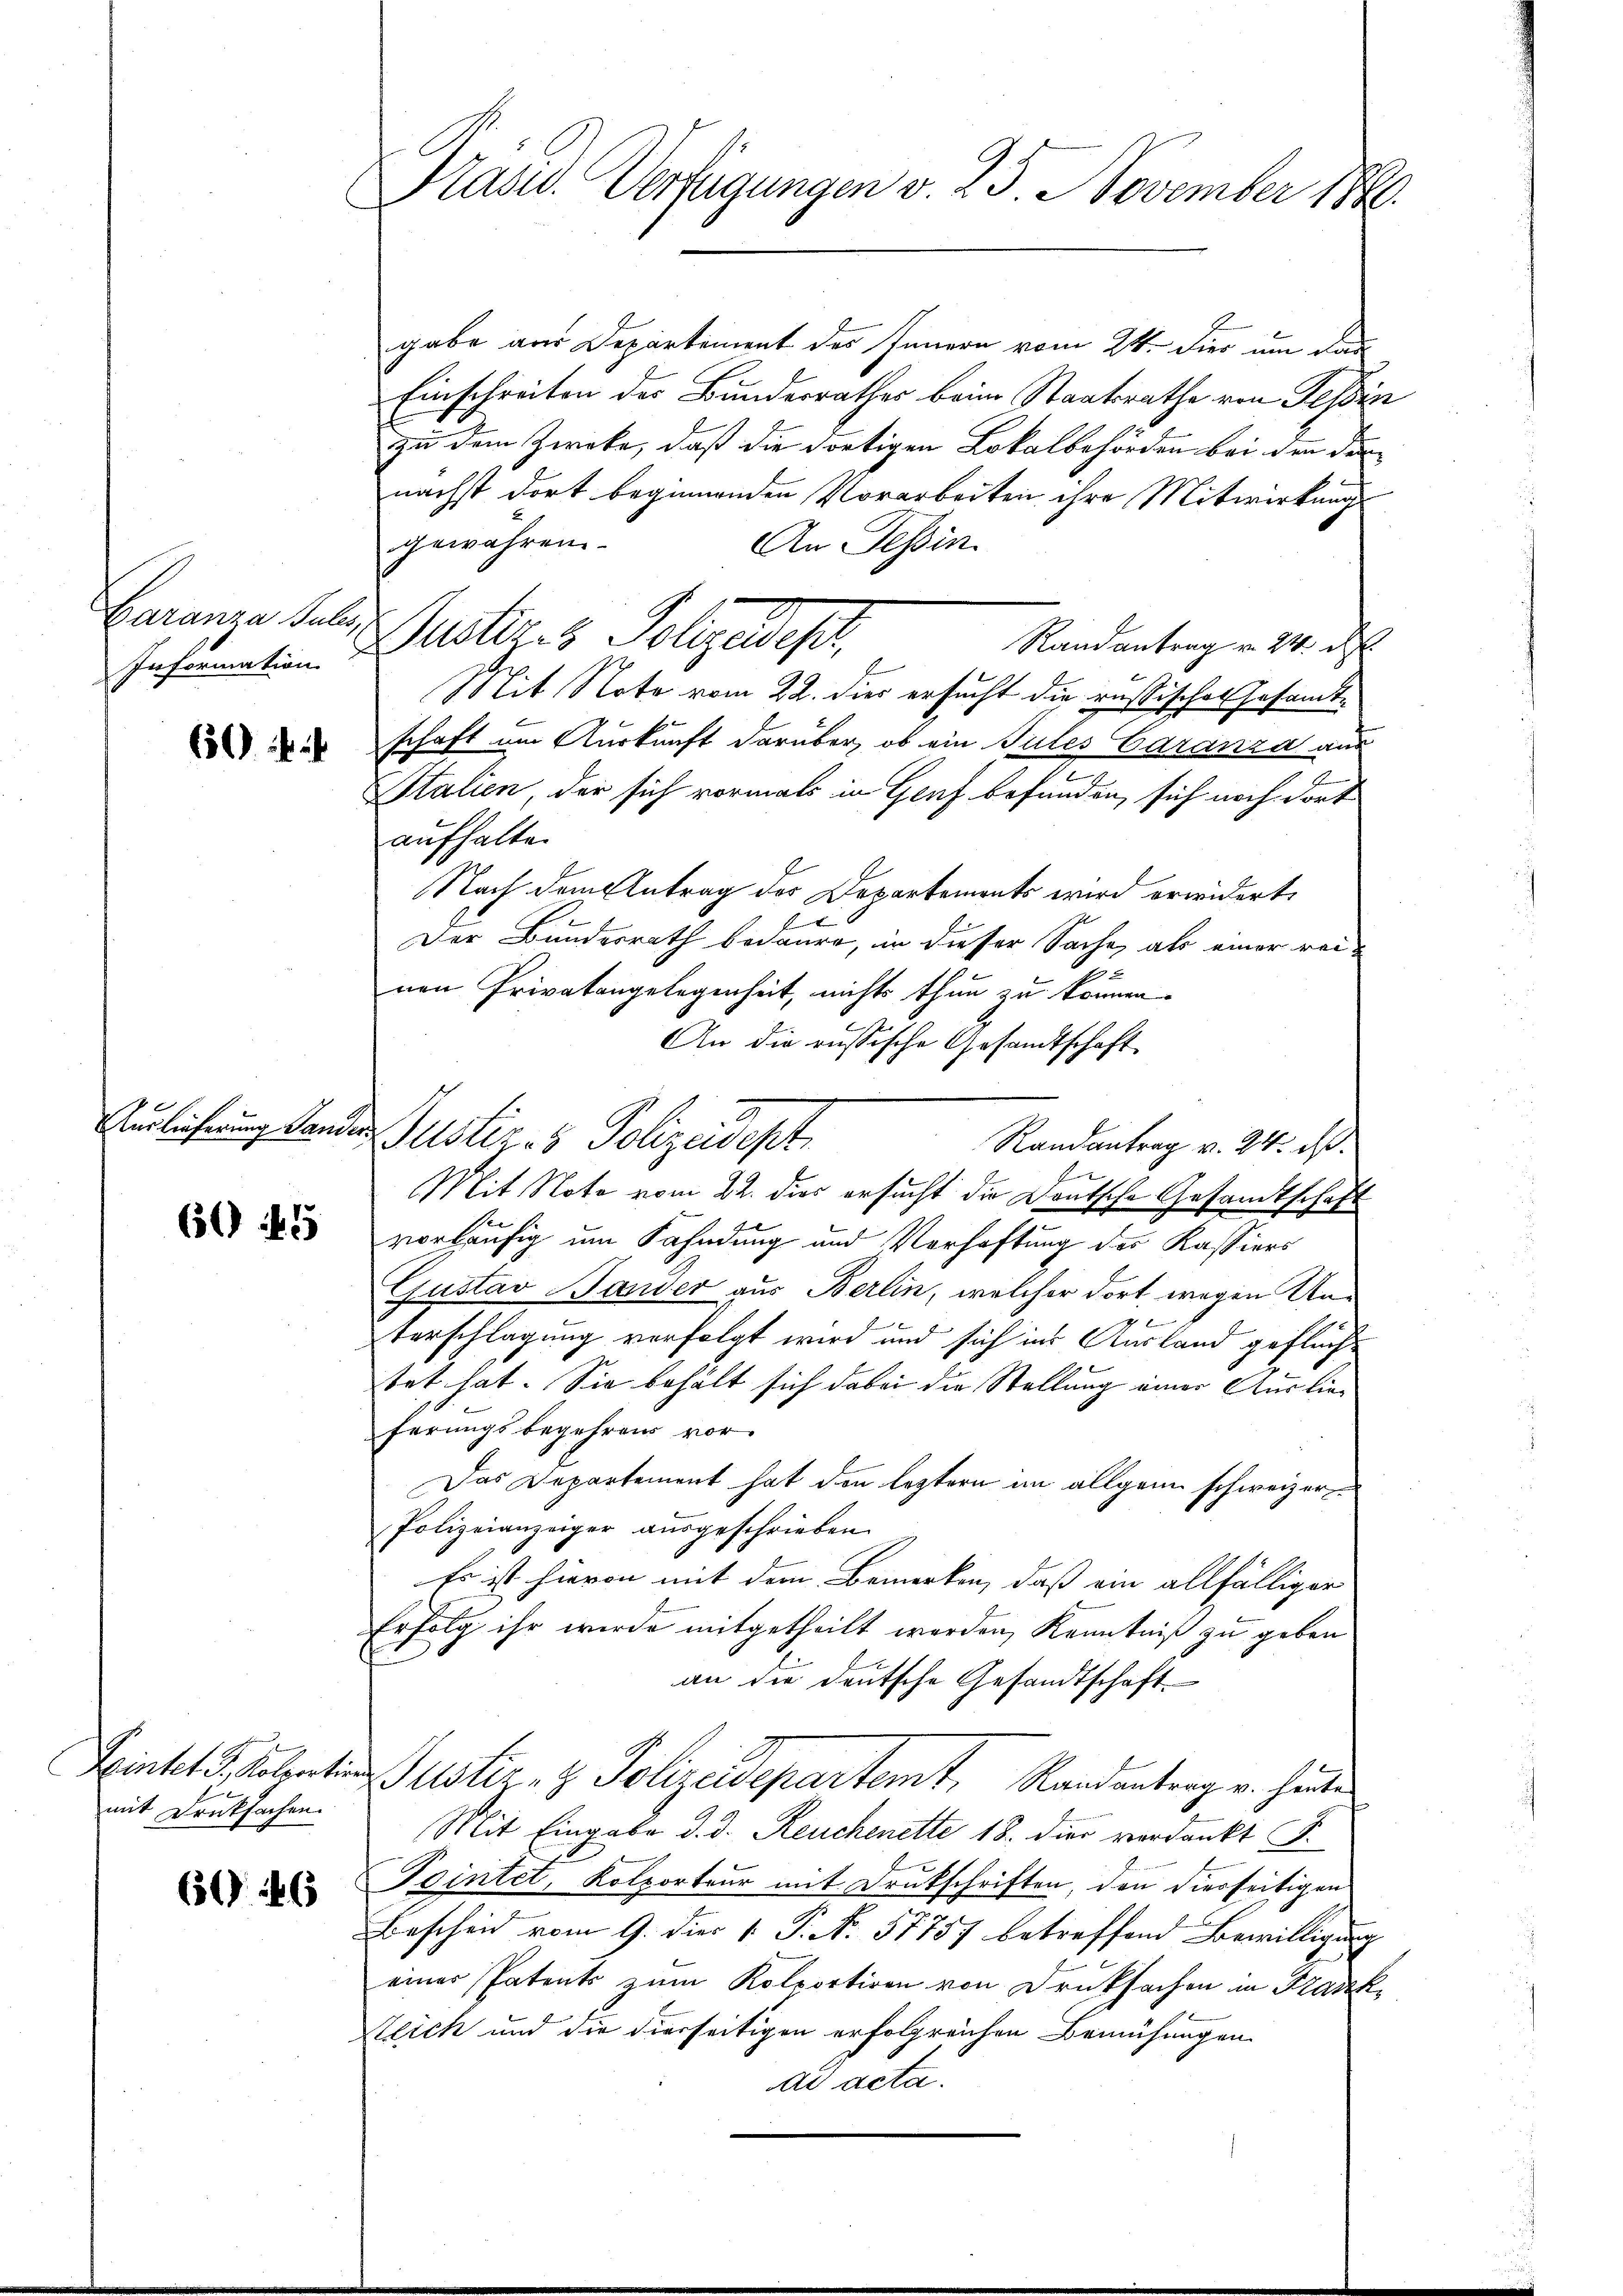
Garanza Julis,
Information.

6)

Auslieferung Lander.

65) 15

mit Drucksachen.

646

Prasw. Verfügungen v. 25. November 1880.

gabe aus Departement des Innern vom 24. Dier um das
Einschreiben des Bundesrathes beim Staatsrathe von Tessin
zu dem Zweke, daß die dortigen Lokalbehörden bei den der
nächst dort beginnenden Vorarbeiten ihre Mitwirkung
gewähren
An Tessin
Justiz. Polizeides,
Randantrag v. 24. d.
Mit Note vom 22. dies ersucht die russisches Gesamtschaft um Auskunft darüber, ob ein Gutes Garanza aus
2
Italien, der sich vormals in Genf befunden, sich noch dort
aufhalte.
Nach dem Antrag der Departements wird erwidert,
Der Bundesrath bedaure, in dieser Sache, als einer reinen Privatangelegenheit, nichts thun zu können.
An die russische Gesandtschaft
Bustiz- & Polizeidest
Randantrag v. 24. ds.
Mit Note vom 22. dies ersucht die Deutsche Gesandtschaft
vorläufig um Fahndung und Verhaftung des Kassiers
Gustav Bander aus Berlin, welcher dort, wegen Un¬

terschlagung verfolgt wird und sich ins Ausland geflüchtet hat. Sie behält sich dabei die Stellung einer Auslieferungsbegehren vor.
Das Departement hat den leztern im allgem schweizer¬
Polizeianzeiger ausgeschrieben.
Es ist hievon mit dem Bemerken, daß ein allfälliger
Erfolg ihr wurde mitgetheilt werden, Kenntniß zu geben
an die deutsche Gesandtschaft
Sinkel S. Koletins Justiz- & Polizeidepartemt, Randantrag v. Heute
Mit Eingabe d. d. Reuchenette 18. die verdankt F.
Pointet, Kolporteur mit Drukschriften, den diesseitigen
Bescheid vom 9. die 1. P. N. 57757 betreffend Bewilligung
einer Patents zum Kolportiren von Druksachen in Frank¬
Zeich und die dierseitigen erfolgreichen Bemühungen
ad acta.